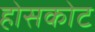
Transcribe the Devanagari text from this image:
होसकोट